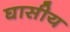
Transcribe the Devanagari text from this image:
घासीय